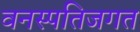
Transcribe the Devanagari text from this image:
वनस्पतिजगत